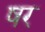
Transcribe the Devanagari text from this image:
षर